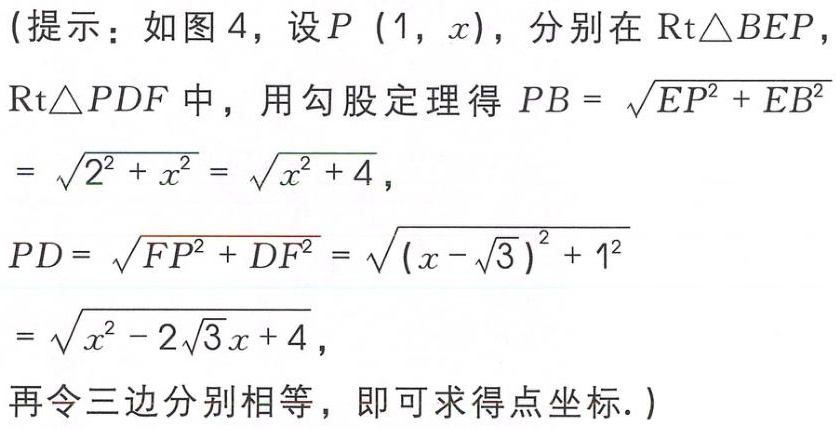
(提示：如图 4，设\(P(1,x)\)，分别在\(\mathrm{Rt}\triangle BEP\)，

\(\mathrm{Rt}\triangle PDF\)中，用勾股定理得\(PB = \sqrt{EP^{2}+EB^{2}}\)

\(=\sqrt{2^{2}+x^{2}}=\sqrt{x^{2}+4}\)，

\(PD = \sqrt{FP^{2}+DF^{2}}=\sqrt{(x - \sqrt{3})^{2}+1^{2}}\)

\(=\sqrt{x^{2}-2\sqrt{3}x + 4}\)，

再令三边分别相等，即可求得点坐标.)